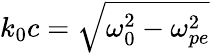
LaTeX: k_{0}c=\sqrt{\omega_{0}^{2}-\omega_{pe}^{2}}